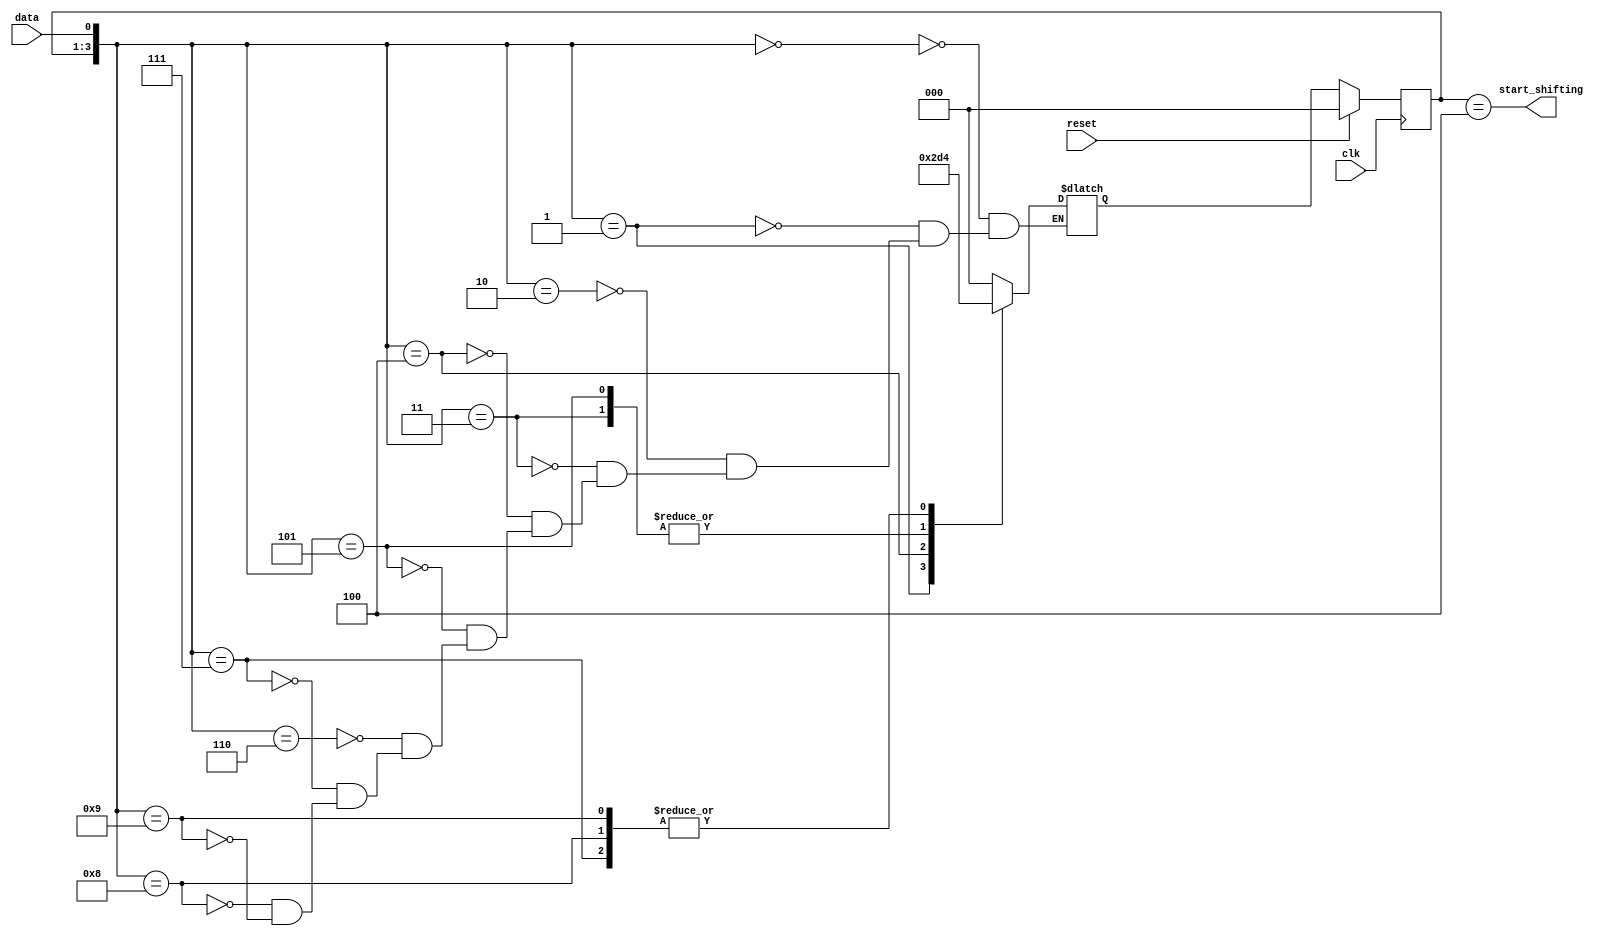
// This program was cloned from: https://github.com/Yvan-xy/verilog-doc
// License: GNU General Public License v2.0

module top_module (
    input clk,
    input reset,      // Synchronous reset
    input data,
    output start_shifting);

    parameter idle=3'd0, s1=3'd1, s11=3'd2, s110=3'd3, s1101=3'd4;
    reg	[2:0]	state, next_state;
    
    always@(*) begin
        case({state, data})
            {idle, 1'b0}:	next_state = idle;
            {idle, 1'b1}:	next_state = s1;
            {s1, 1'b0}:		next_state = idle;
            {s1, 1'b1}:		next_state = s11;
            {s11, 1'b0}:	next_state = s110;
            {s11, 1'b1}:	next_state = s11;
            {s110, 1'b0}:	next_state = idle;
            {s110, 1'b1}:	next_state = s1101;
            {s1101, 1'b0}:	next_state = s1101;
            {s1101, 1'b1}:	next_state = s1101;
        endcase
    end
    
    always@(posedge clk) begin
        if(reset)
            state <= idle;
        else
            state <= next_state;
    end
    
    assign	start_shifting = (state == s1101);
    
endmodule